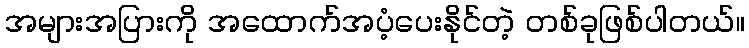
အများအပြားကို အထောက်အပံ့ပေးနိုင်တဲ့ တစ်ခုဖြစ်ပါတယ်။